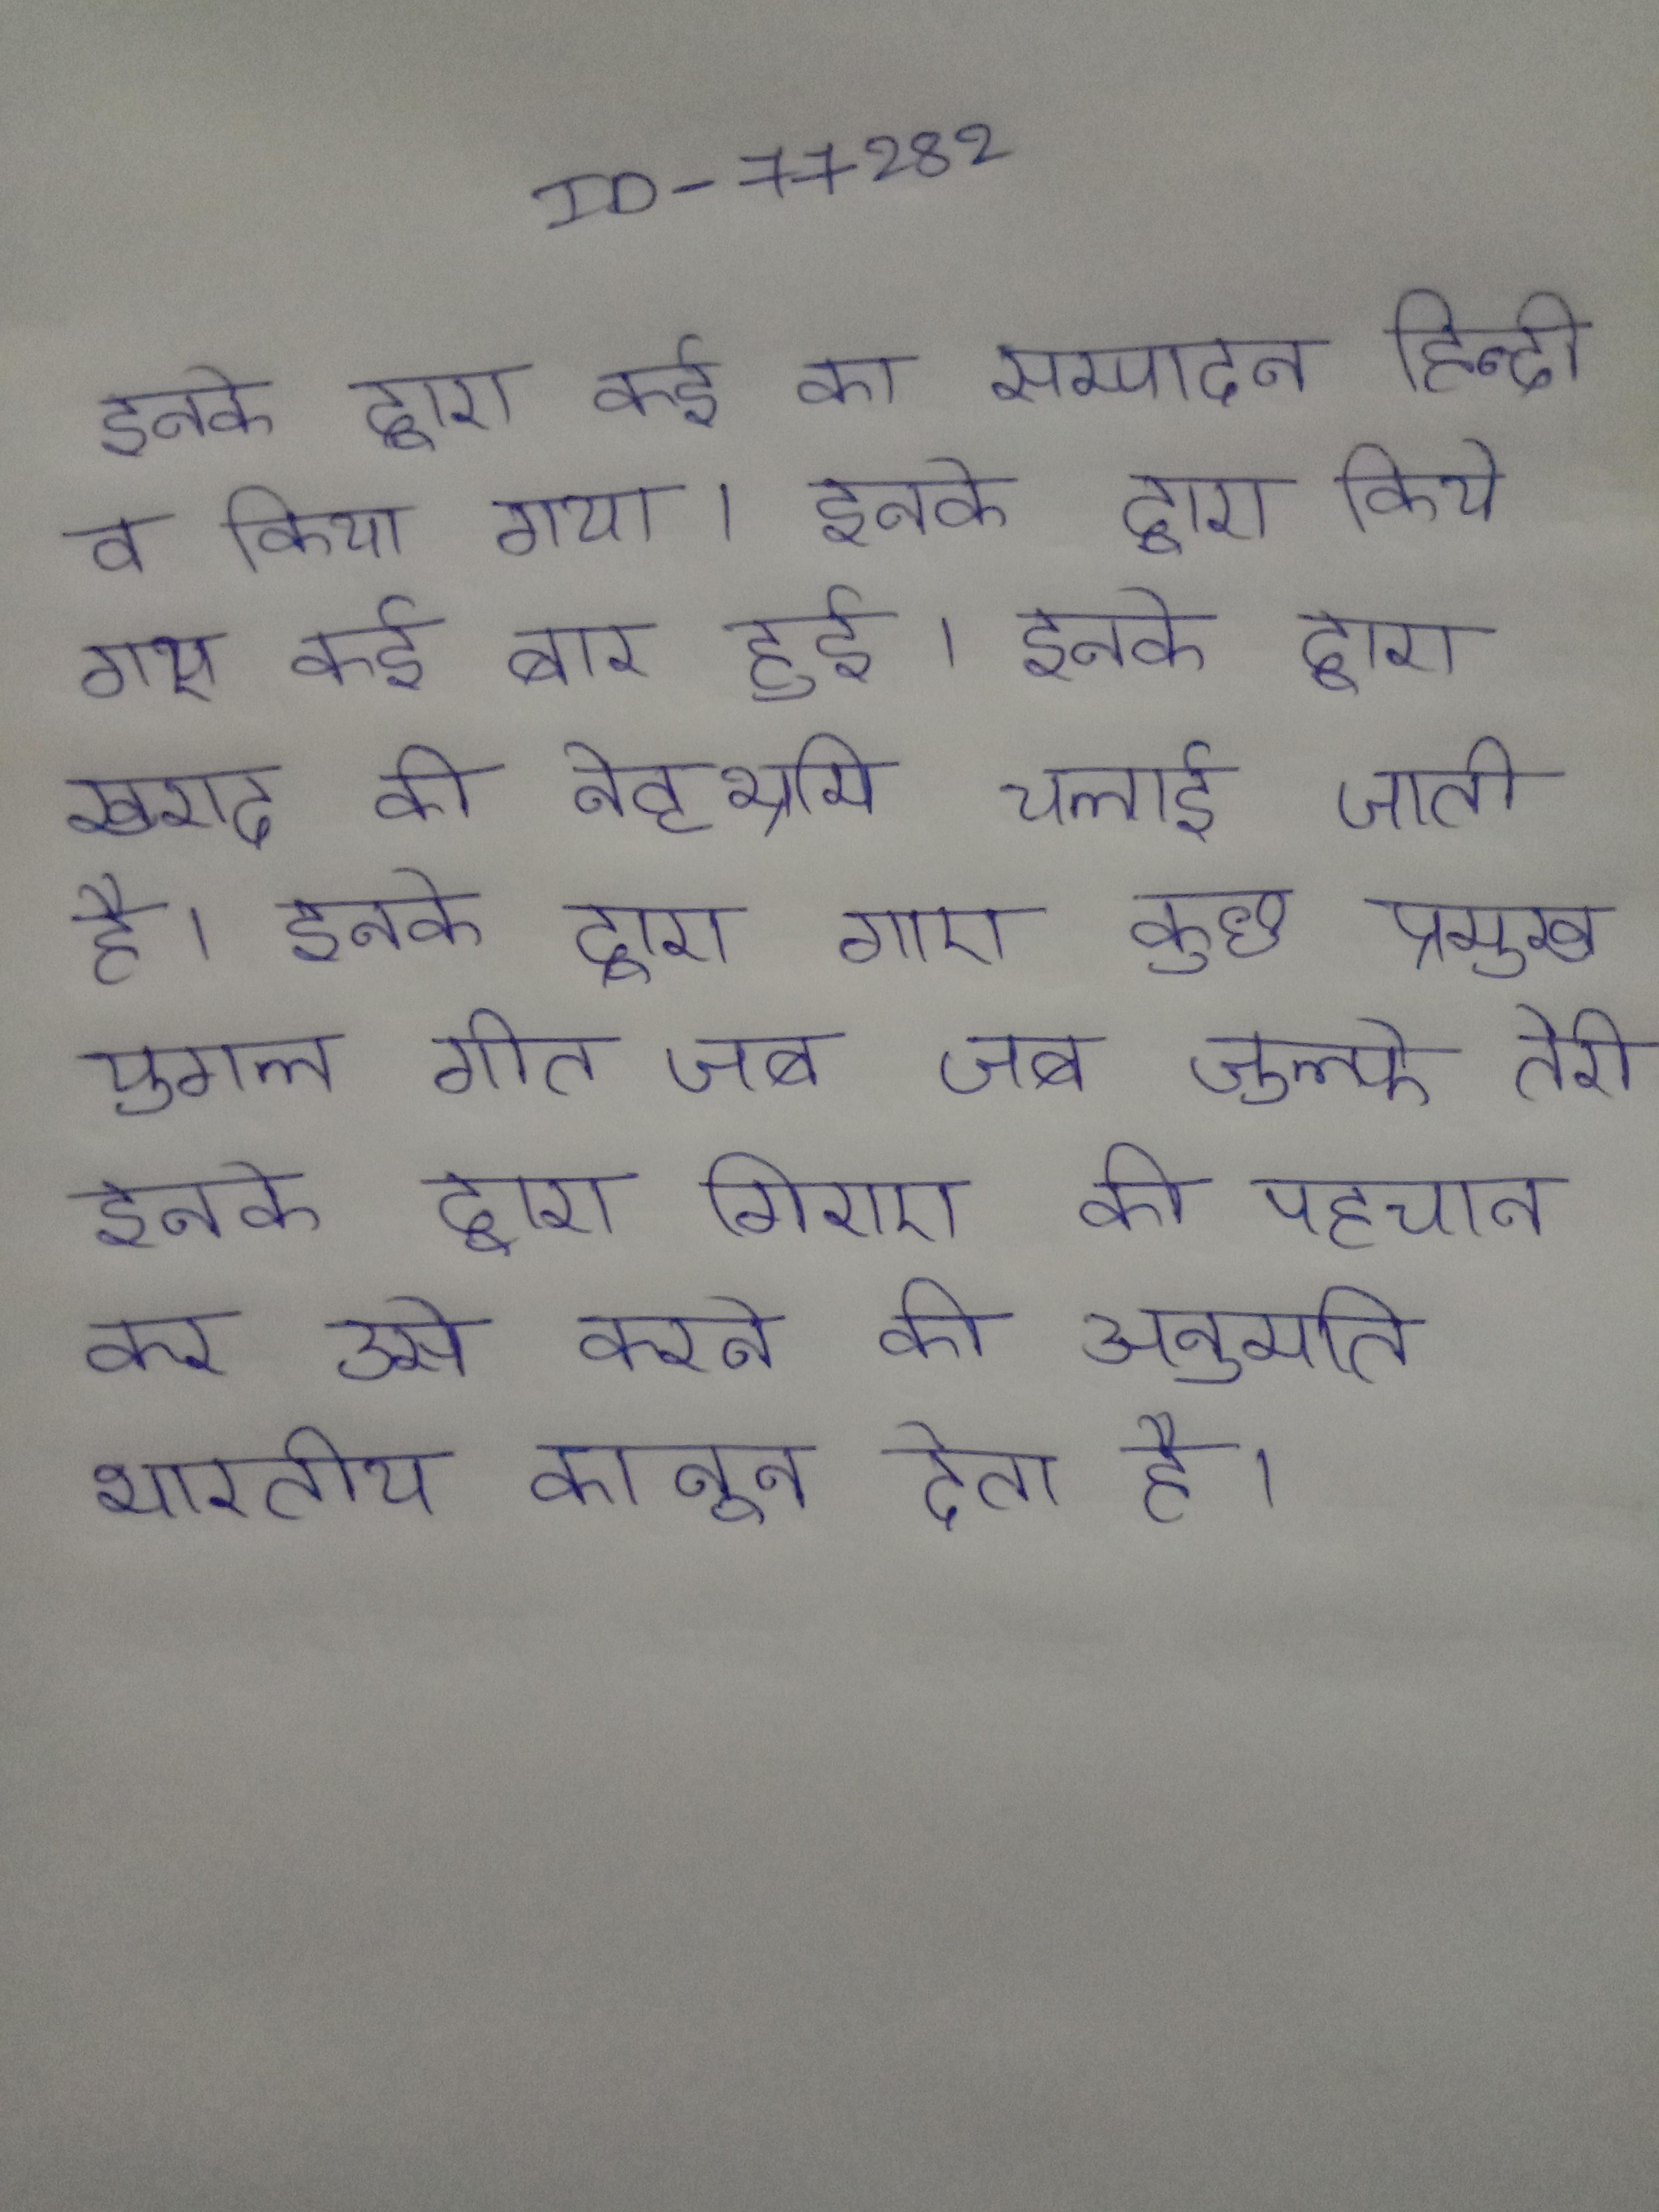
इनके द्वारा कई का सम्पादन हिन्दी व किया गया । इनके द्वारा किये गए कई बार हुई । इनके द्वारा खराद की नेतृभ्रमि चलाई जाती है । इनके द्वारा गाए कुछ प्रमुख युगल गीत जब जब जुल्फे तेरी . इनके द्वारा गिराए की पहचान कर उसे करने की अनुमति भारतीय कानून देता है ।